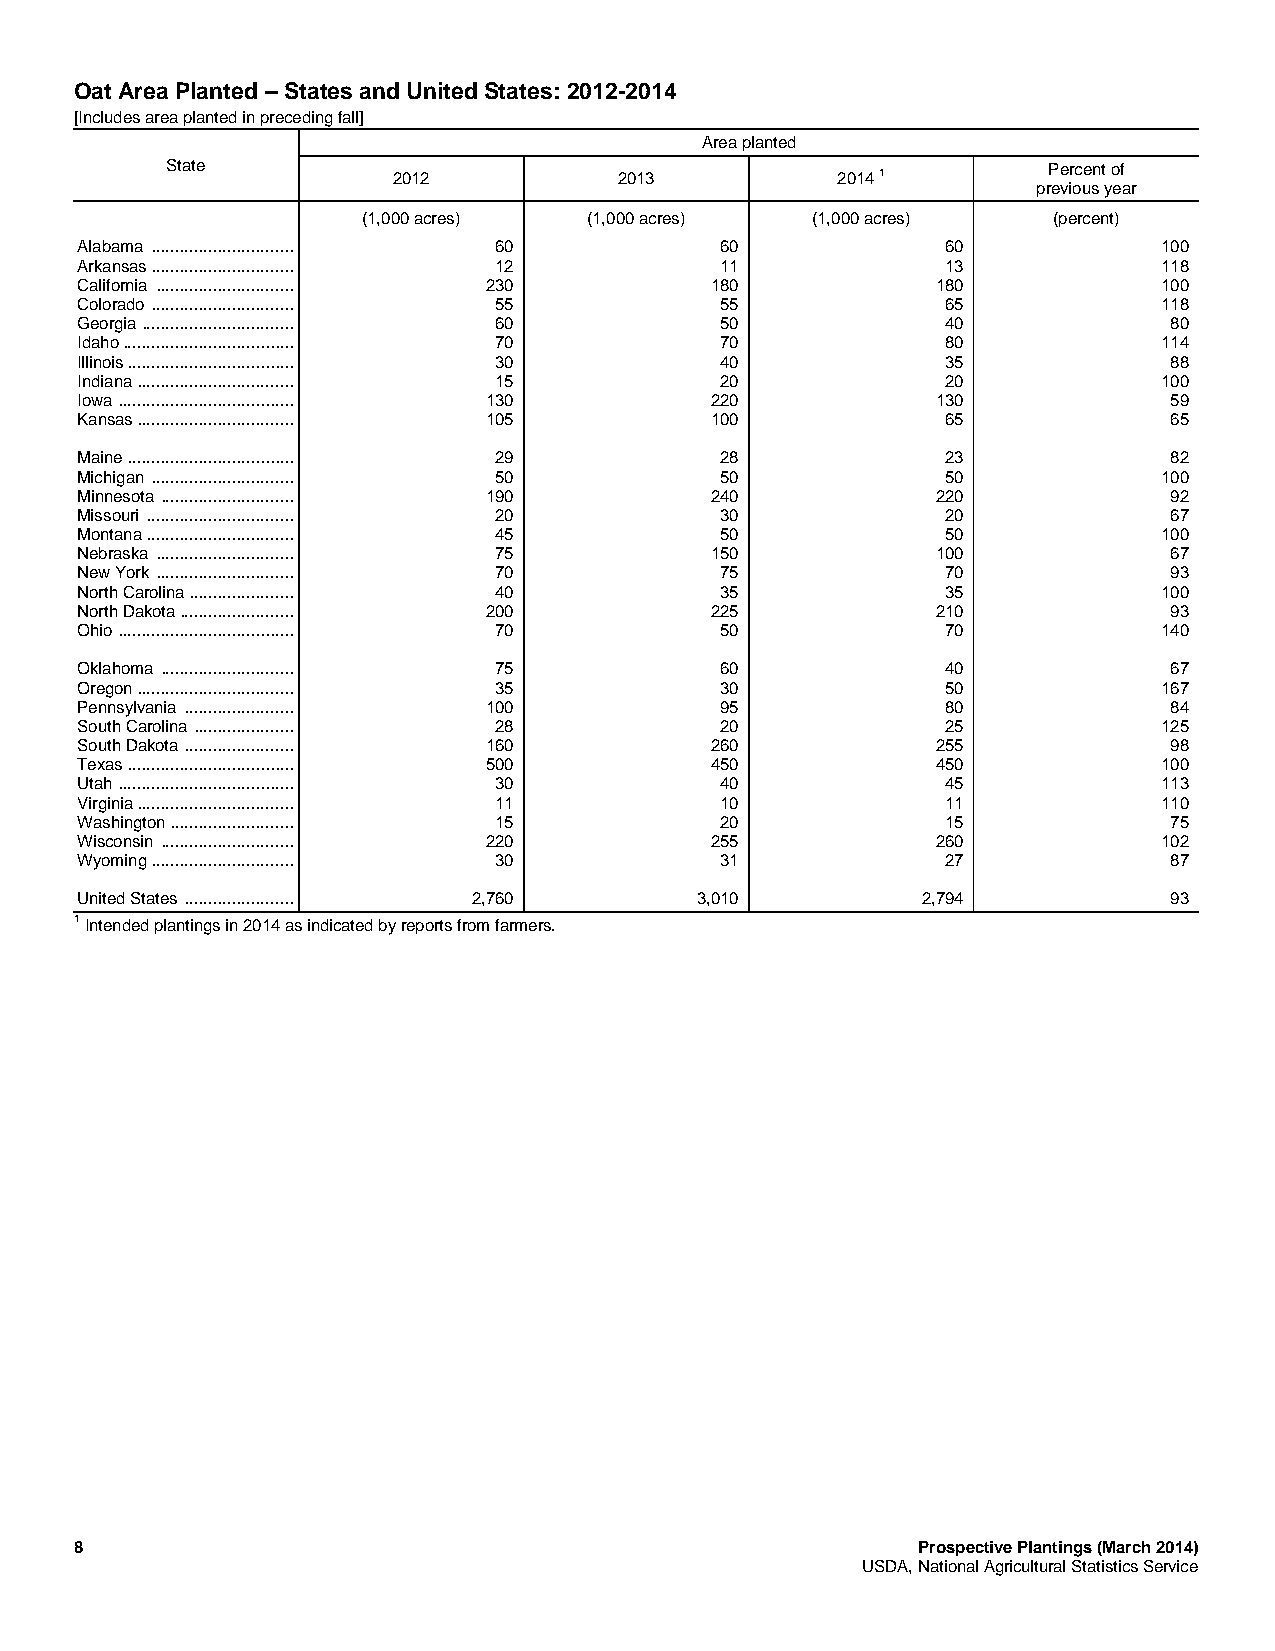
Oat Area Planted – States and United States: 2012-2014
 [Includes area planted in preceding fall]
 Area planted
 State          2012           2013          2014 1        Percent of
 previous year
 (1,000 acres)  (1,000 acres)  (1,000 acres)   (percent)
 Alabama .............................. 60  60             60            100
 Arkansas .............................. 12 11             13            118
 California ............................. 230 180         180            100
 Colorado .............................. 55 55             65            118
 Georgia ................................ 60 50            40            80
 Idaho .................................... 70 70          80            114
 Illinois ................................... 30 40        35            88
 Indiana ................................. 15 20           20            100
 Iowa ..................................... 130 220       130            59
 Kansas ................................. 105 100          65            65
 Maine ................................... 29 28           23            82
 Michigan .............................. 50 50             50            100
 Minnesota ............................ 190 240           220            92
 Missouri ............................... 20 30            20            67
 Montana ............................... 45 50             50            100
 Nebraska ............................. 75 150            100            67
 New York ............................. 70  75             70            93
 North Carolina ...................... 40   35             35            100
 North Dakota ........................ 200 225            210            93
 Ohio ..................................... 70 50          70            140
 Oklahoma ............................ 75   60             40            67
 Oregon ................................. 35 30            50            167
 Pennsylvania ....................... 100   95             80            84
 South Carolina ..................... 28    20             25            125
 South Dakota ....................... 160  260            255            98
 Texas ................................... 500 450        450            100
 Utah ..................................... 30 40          45            113
 Virginia ................................. 11 10          11            110
 Washington .......................... 15   20             15            75
 Wisconsin ............................ 220 255           260            102
 Wyoming .............................. 30  31             27            87
 United States ....................... 2,760 3,010       2,794           93
 1 Intended plantings in 2014 as indicated by reports from farmers.
 8                                                       Prospective Plantings (March 2014)
 USDA, National Agricultural Statistics Service